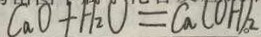
C a O + H _ { 2 } O = C a ( O H ) _ { 2 }